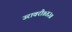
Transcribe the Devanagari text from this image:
उरावरी॥४३॥